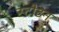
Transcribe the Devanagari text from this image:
स्टोटन